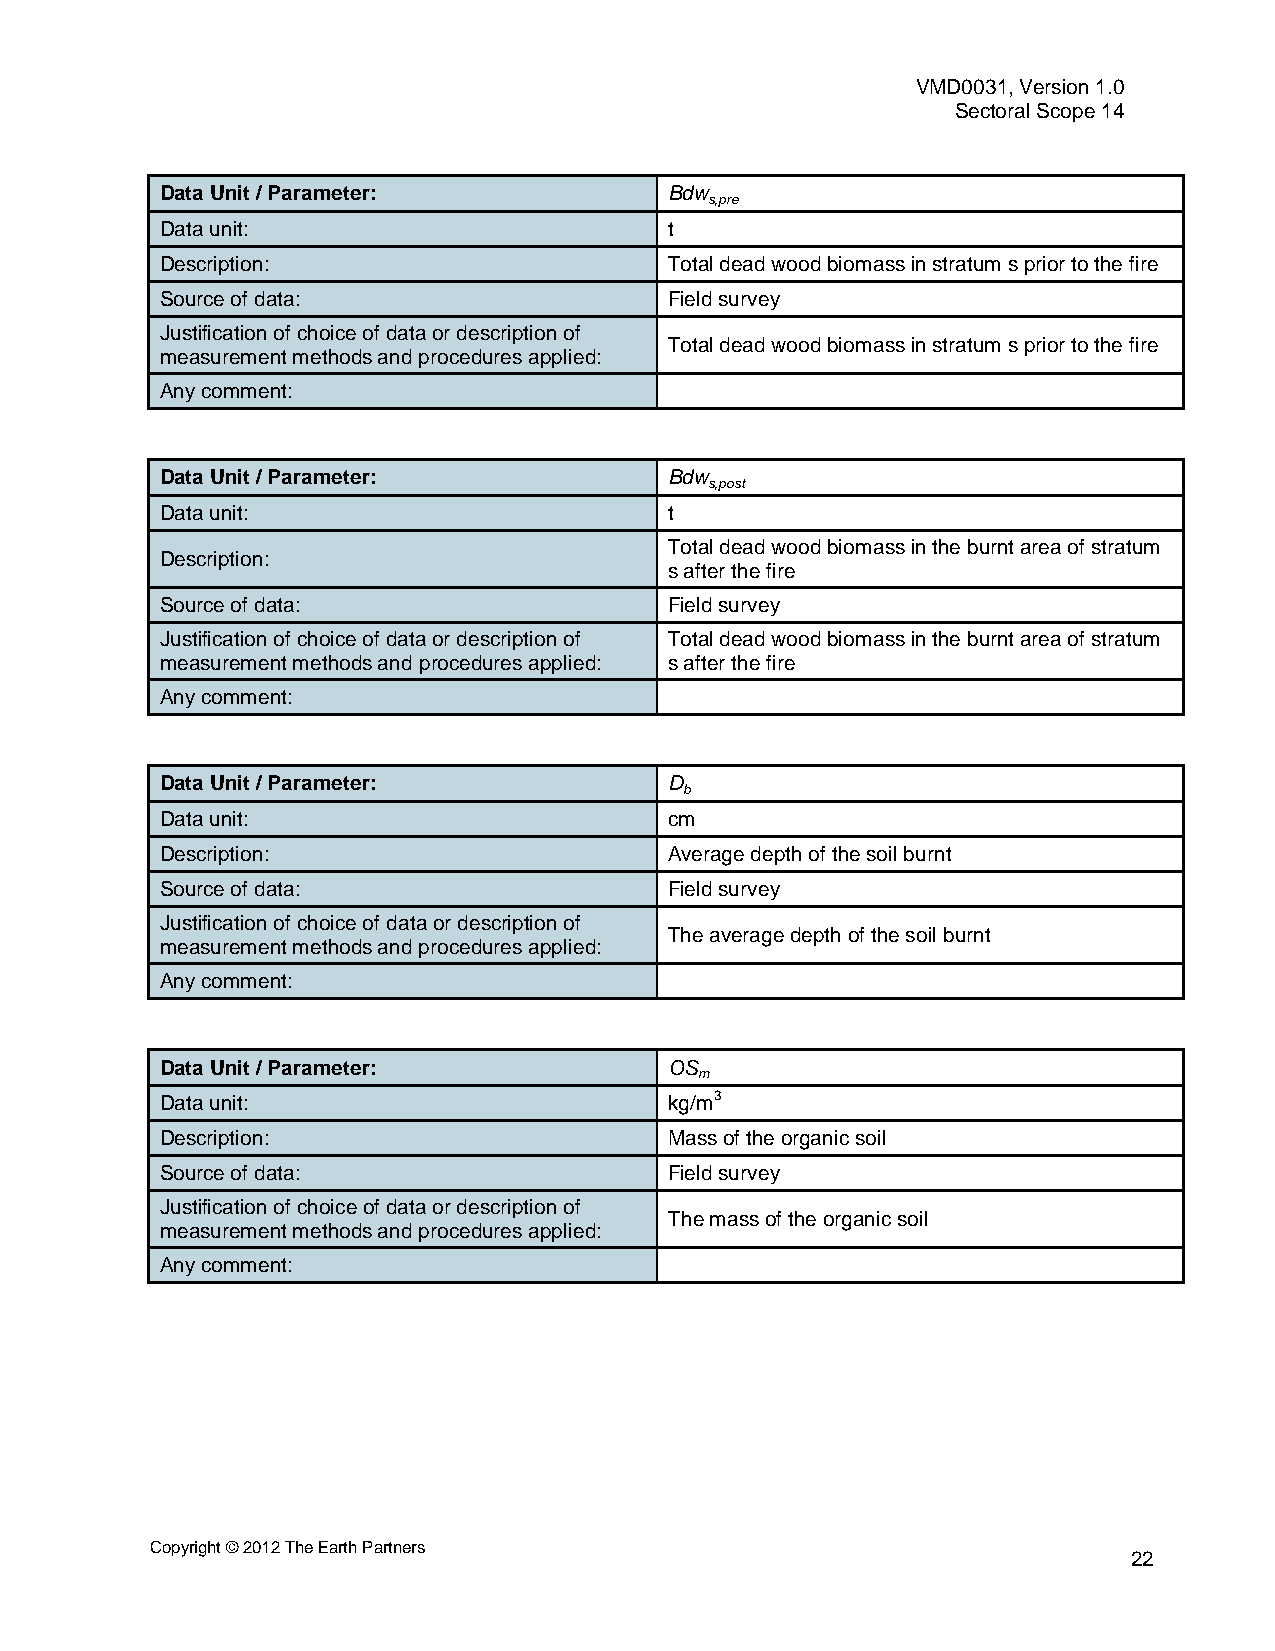
VMD0031, Version 1.0
 Sectoral Scope 14
 Data Unit / Parameter:           Bdw
 s,pre
 Data unit:                       t
 Description:                     Total dead wood biomass in stratum s prior to the fire
 Source of data:                  Field survey
 Justification of choice of data or description of
 Total dead wood biomass in stratum s prior to the fire
 measurement methods and procedures applied:
 Any comment:
 Data Unit / Parameter:           Bdw
 s,post
 Data unit:                       t
 Total dead wood biomass in the burnt area of stratum
 Description:
 s after the fire
 Source of data:                  Field survey
 Justification of choice of data or description of Total dead wood biomass in the burnt area of stratum
 measurement methods and procedures applied: s after the fire
 Any comment:
 Data Unit / Parameter:           D
 b
 Data unit:                       cm
 Description:                     Average depth of the soil burnt
 Source of data:                  Field survey
 Justification of choice of data or description of
 The average depth of the soil burnt
 measurement methods and procedures applied:
 Any comment:
 Data Unit / Parameter:           OS
 m
 Data unit:                       kg/m3
 Description:                     Mass of the organic soil
 Source of data:                  Field survey
 Justification of choice of data or description of
 The mass of the organic soil
 measurement methods and procedures applied:
 Any comment:
 Copyright © 2012 The Earth Partners
 22